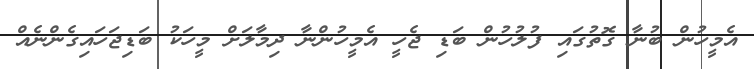
އެމީހުން ބުނާ ގޮތުގައި ފުލުހުން ބަޑި ޖެހީ އެމީހުންނާ ދިމާލަށް މީހަކު ބަޑިޖަހައިގެންނެއް